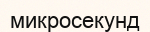
микросекунд